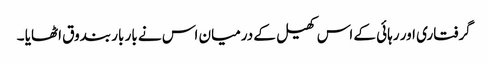
گرفتاری اور رہائی کے اس کھیل کے درمیان اس نے بار بار بندوق اٹھایا ۔